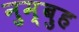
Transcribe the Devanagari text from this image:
नुम्बुह